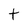
Character: t